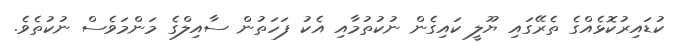
ކުޑައިރުކޮޅެއްގެ ތެރޭގައި ޔޫލީ ކައިގެން ނުކުތުމާއި އެކު ފަހަތުން ސާއިލްގެ މަންމަވެސް ނުކުތެވެ.